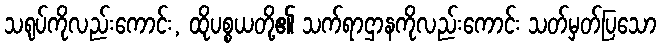
သရုပ်ကိုလည်းကောင်း, ထိုပစ္စယတို့၏ သက်ရာဌာနကိုလည်းကောင်း သတ်မှတ်ပြသော